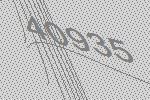
40935